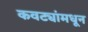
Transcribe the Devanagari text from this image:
कवट्यांमधून